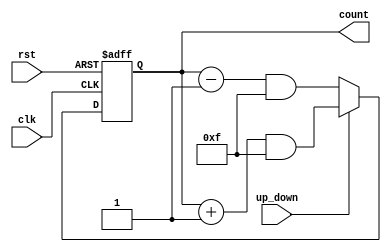
module BidirectionalGrayCounter (
    input wire clk,
    input wire rst,
    input wire up_down,
    output reg[3:0] count
);

reg[3:0] next_count;

always @(posedge clk or posedge rst) begin
    if (rst) begin
        count <= 4'b0000;
    end else begin
        if (up_down) begin
            next_count = (count + 1) & 4'b1111;
        end else begin
            next_count = (count - 1) & 4'b1111;
        end

        count <= next_count;
    end
end

endmodule